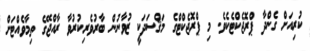
ކުރިއަށް ގެންދާ ޕްރޮޖެކްޓެކެވެ. މި ޕްރޮޖެކްޓްގެ މަޤްސަދަކީ ޒުވާނުން ބާރުވެރިކުރުވާ ރާއްޖޭގެ ތިމާވެއްޓަށް